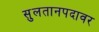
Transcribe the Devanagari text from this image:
सुलतानपदावर